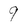
Character: 9